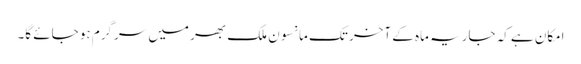
امکان ہے کہ جاریہ ماہ کے آخر تک مانسون ملک بھر میں سرگرم ہو جائے گا۔